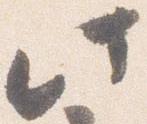
此